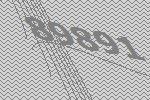
89891